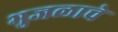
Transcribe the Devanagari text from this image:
भुजलाचे